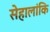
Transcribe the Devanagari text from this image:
सेहालांकि